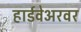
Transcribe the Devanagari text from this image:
हार्डवेअरवर